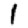
Digit: 1